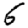
Digit: 6